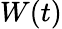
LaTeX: \mathbf{}W(t)